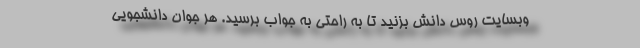
وبسایت روس دانش بزنید تا به راحتی به جواب برسید. هر جوان دانشجویی